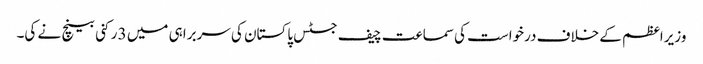
وزیراعظم کے خلاف درخواست کی سماعت چیف جسٹس پاکستان کی سربراہی میں 3 رکنی بینچ نے کی۔